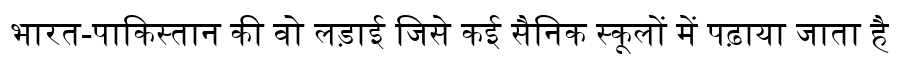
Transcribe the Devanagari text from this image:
भारत-पाकिस्तान की वो लड़ाई जिसे कई सैनिक स्कूलों में पढ़ाया जाता है